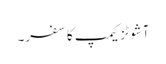
آشوٹزکیمپ کا سفر۔